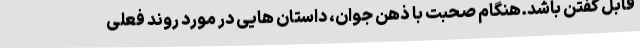
قابل گفتن باشد.هنگام صحبت با ذهن جوان، داستان هایی در مورد روند فعلی